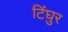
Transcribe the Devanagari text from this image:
टिंघुर